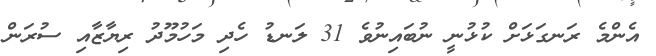
އެންމެ ރަނގަޅަށް ކުޅުނީ ނުބައިނުވެ 31 ލަނޑު ހެދި މަހުމޫދު ރިޔާޒާއި ސުރަން